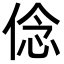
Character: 㑫